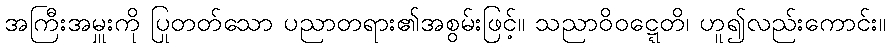
အကြီးအမှူးကို ပြုတတ်သော ပညာတရား၏အစွမ်းဖြင့်။ သညာဝိဝဋ္ဋေတိ၊ ဟူ၍လည်းကောင်း။